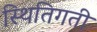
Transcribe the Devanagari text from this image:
स्थितिगती